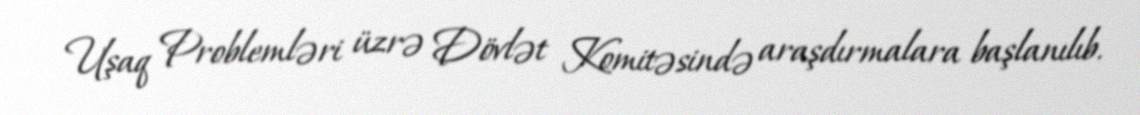
Uşaq Problemləri üzrə Dövlət Komitəsində araşdırmalara başlanılıb.